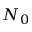
N _ { 0 }